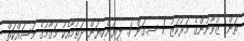
ތަން: ޒުވާނުންގެ މަރުކަޒު / ސ.ގަން 1. ލިޔަންކިޔަން ދަތުމާއެކު މަގާމުގެ މަސައްކަތް